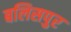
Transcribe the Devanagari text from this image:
बलिसपुर